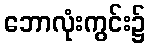
ဘောလုံးကွင်း၌